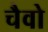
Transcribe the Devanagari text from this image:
चैवो